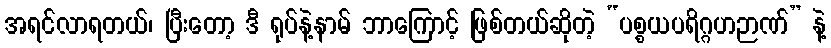
အရင်လာရတယ်၊ ပြီးတော့ ဒီ ရုပ်နဲ့နာမ် ဘာကြောင့် ဖြစ်တယ်ဆိုတဲ့ “ပစ္စယပရိဂ္ဂဟဉာဏ်” နဲ့